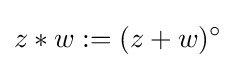
z*w:=(z+w)^{\circ }